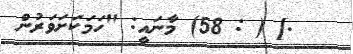
.] ( : 58) މާނައީ: "ހަމަކަށަވަރުން